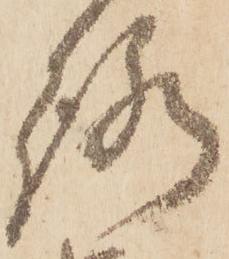
路